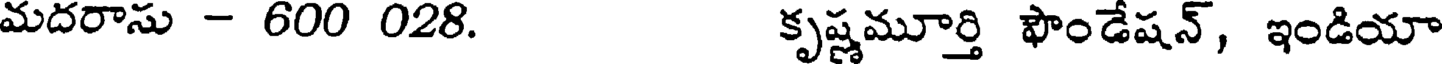
మదరాసు - 600 028. కృష్ణమూర్తి ఫౌండేషన్, ఇండియా